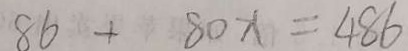
8 6 + 8 0 x = 4 8 6